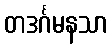
တဒင်္ဂမနသာ